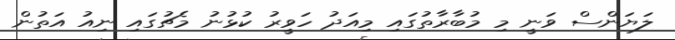
ލަޔަންސް ވަނީ މި މުބާރާތުގައި މިއަދު ހަވީރު ކުޅުނު މެޗުގައި ނިއު އަތުން